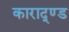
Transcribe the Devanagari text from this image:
काराद्ण्ड